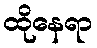
ထိုနေရာ